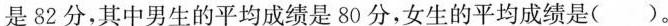
是82分，其中男生的平均成绩是80分，女生的平均成绩是( )。